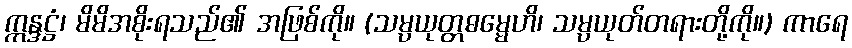
ဣန္ဒဋ္ဌံ၊ မိမိအစိုးရသည်၏ အဖြစ်ကို။ (သမ္ပယုတ္တဓမ္မေဟိ၊ သမ္ပယုတ်တရားတို့ကို။) ကာရေ